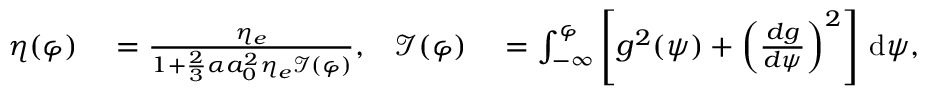
\begin{array} { r l r l } { \eta ( \varphi ) } & { { } = \frac { \eta _ { e } } { 1 + \frac { 2 } { 3 } \alpha a _ { 0 } ^ { 2 } \eta _ { e } \mathcal { I } ( \varphi ) } , } & { \mathcal { I } ( \varphi ) } & { { } = \int _ { - \infty } ^ { \varphi } \left[ g ^ { 2 } ( \psi ) + \left( \frac { d g } { d \psi } \right) ^ { 2 } \right] \, \mathrm { d } \psi , } \end{array}